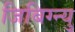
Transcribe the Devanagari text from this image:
जिबिग्न्यु